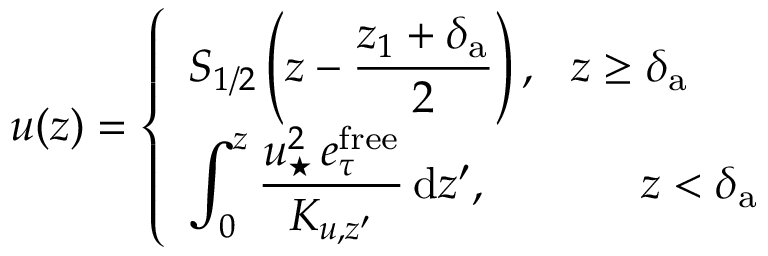
u ( z ) = \left\{ \begin{array} { l l } { \displaystyle { { \cal S } _ { 1 / 2 } } \left( z - \frac { z _ { 1 } + \delta _ { \mathrm { a } } } { 2 } \right) , ~ ~ z \geq \delta _ { \mathrm { a } } } \\ { \displaystyle \int _ { 0 } ^ { z } \frac { u _ { \star } ^ { 2 } \, e _ { \tau } ^ { \mathrm { f r e e } } } { K _ { u , z ^ { \prime } } } \, \mathrm { d } z ^ { \prime } , ~ ~ ~ ~ ~ ~ ~ ~ ~ ~ z < \delta _ { \mathrm { a } } } \end{array} \right.